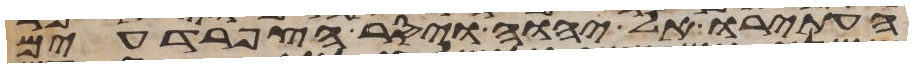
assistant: העתירו אל יהוה ויסר הצפרדעים